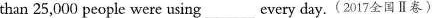
than 25,000 people were using ___